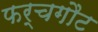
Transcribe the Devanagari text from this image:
फर्चगौट